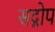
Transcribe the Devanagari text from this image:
सद्गोप